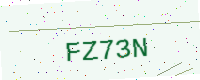
Text: FZ73N